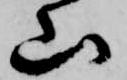
山